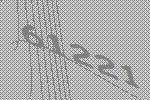
61221